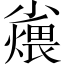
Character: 𪨆